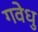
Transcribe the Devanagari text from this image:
गवेधु